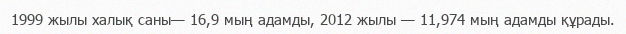
1999 жылы халық саны— 16,9 мың адамды, 2012 жылы — 11,974 мың адамды құрады.